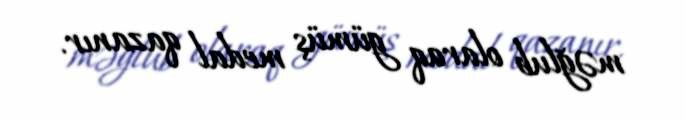
məğlub olaraq gümüş medal qazanır.